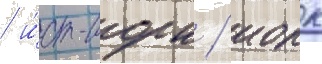
/ и́ст-иорк / иорк